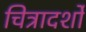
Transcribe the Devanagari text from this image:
चित्रादर्शों